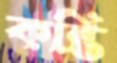
কন্তি